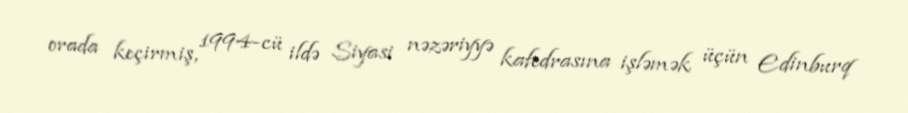
orada keçirmiş, 1994-cü ildə Siyasi nəzəriyyə kafedrasına işləmək üçün Edinburq